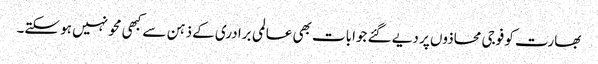
بھارت کو فوجی محاذوں پر دیے گئے جوابات بھی عالمی برادری کے ذہن سے کبھی محو نہیں ہو سکتے۔